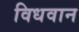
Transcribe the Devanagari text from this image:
विधवान